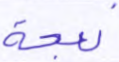
نعجة